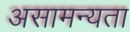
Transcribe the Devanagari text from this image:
असामन्यता